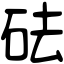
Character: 砝